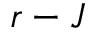
r - J